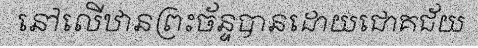
នៅលើឋានព្រះច័ន្ទបានដោយជោគជ័យ